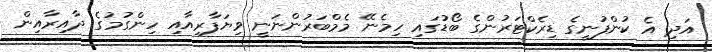
އަދި އެ ކުންފުނީގެ ޑިރެކްޓަރުންގެ ބޯޑުގައި ހިމެނޭ މެމްބަރުންނަނީ ވިޔަފާރިއާއި ހިންގުމުގެ ދާއިރާއިން